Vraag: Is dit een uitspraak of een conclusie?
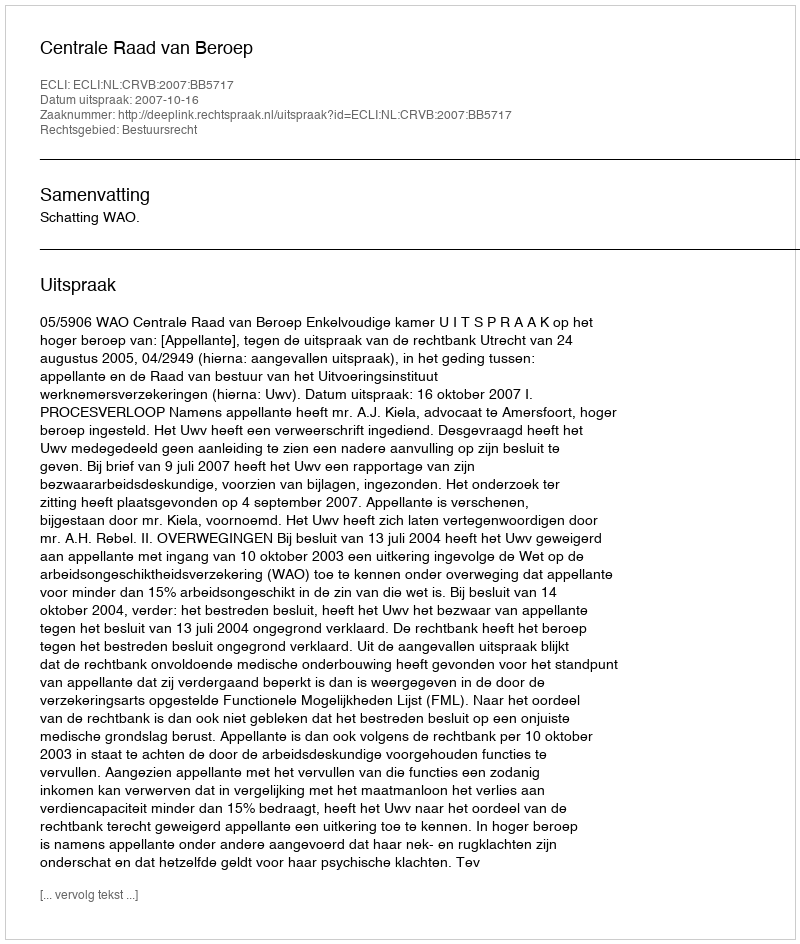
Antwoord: Uitspraak